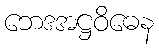
ဘေဒအဋ္ဌဝိဓေန